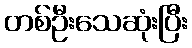
တစ်ဦးသေဆုံးပြီး